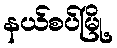
နယ်စပ်မြို့